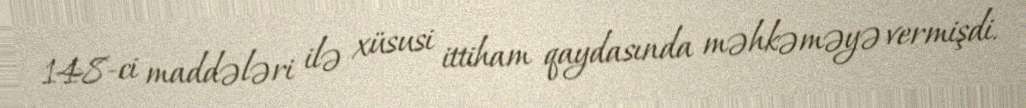
148-ci maddələri ilə xüsusi ittiham qaydasında məhkəməyə vermişdi.